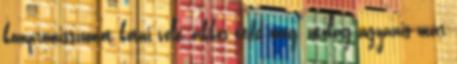
kompromisszumot kötni vele, akkor tedd meg, utólag ugyanis már